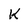
Character: K